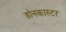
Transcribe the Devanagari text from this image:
डोनकास्टर